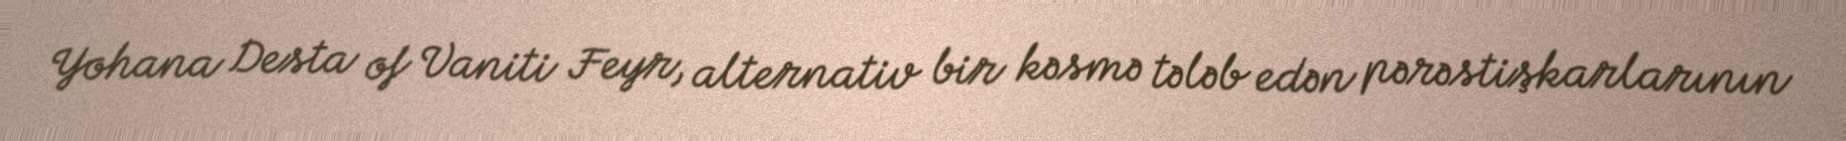
Yohana Desta of Vaniti Feyr, alternativ bir kəsmə tələb edən pərəstişkarlarının